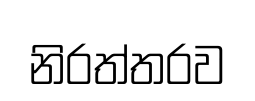
නිරත්තරව